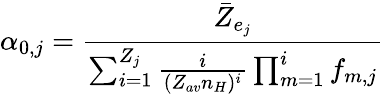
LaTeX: \alpha_{0,j}=\frac{\bar{Z}_{e_{j}}}{\sum_{i=1}^{Z_{j}}\frac{i}{(Z_{av}n_{H})^{i}}\prod_{m=1}^{i}f_{m,j}}